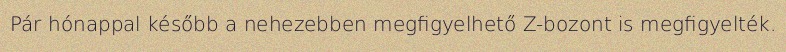
Pár hónappal később a nehezebben megfigyelhető Z-bozont is megfigyelték.